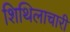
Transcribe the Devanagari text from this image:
शिथिलाचारी